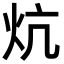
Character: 炕